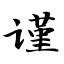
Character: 谨